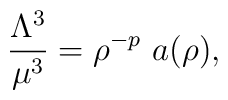
\frac{\Lambda^3}{\mu^3}=\rho^{-p} ~a(\rho),